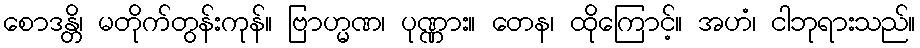
စောဒန္တိ၊ မတိုက်တွန်းကုန်။ ဗြာဟ္မဏ၊ ပုဏ္ဏား။ တေန၊ ထိုကြောင့်။ အဟံ၊ ငါဘုရားသည်။